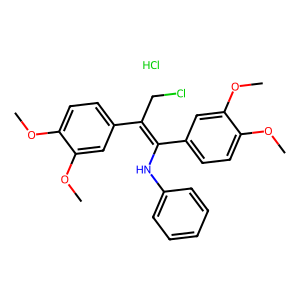
SMILES: COc1ccc(C(CCl)=C(Nc2ccccc2)c2ccc(OC)c(OC)c2)cc1OC.Cl
Inhibits HIV replication: No